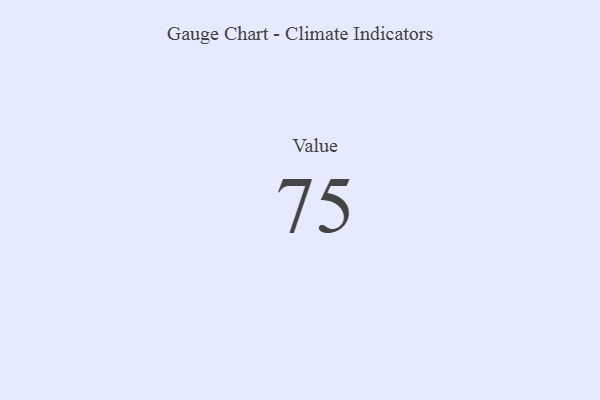
{"axis": {"x": "Metric", "y": "Value"}, "legend": [""], "data": [{"x": "Value", "y": 75, "type": ""}]}